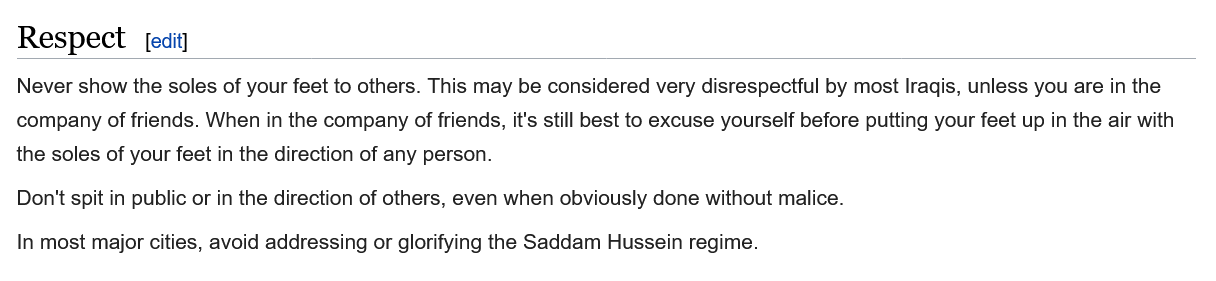
Respect
  Never show the soles of your feet to others. This may be considered very disrespectful by most Iraqis, unless you are in the
  company of friends. When in the company of friends, it's still best to excuse yourself before putting your feet up in the air with
  the soles of your feet in the direction of any person.
  Don't spit in public or in the direction of others, even when obviously done without malice.
  In most major cities, avoid addressing or glorifying the Saddam Hussein regime.
     [edit]